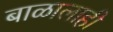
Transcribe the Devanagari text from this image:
बाळालाही